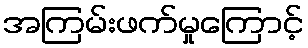
အကြမ်းဖက်မှုကြောင့်